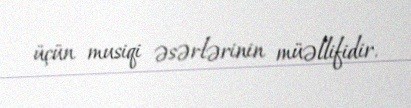
üçün musiqi əsərlərinin müəllifidir.